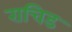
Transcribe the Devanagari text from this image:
राचिड